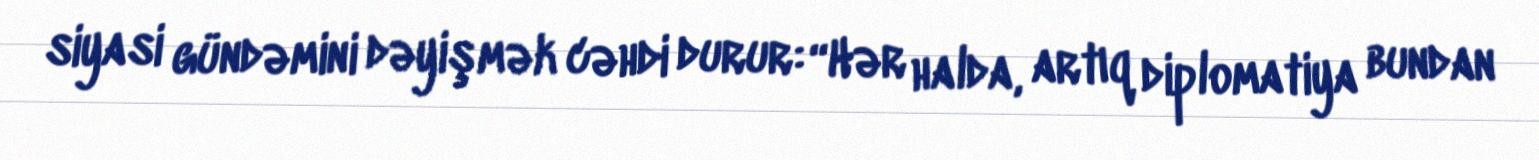
siyasi gündəmini dəyişmək cəhdi durur: “Hər halda, artıq diplomatiya bundan